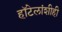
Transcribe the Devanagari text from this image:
हॉटेलांशीही